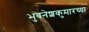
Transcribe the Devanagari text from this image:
भुवनेशकुमारच्या